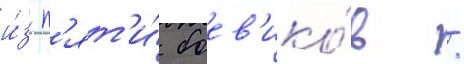
и́з п'ят'и́ боев'ико́в /